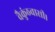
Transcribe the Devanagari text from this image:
वैकुंठवासी।